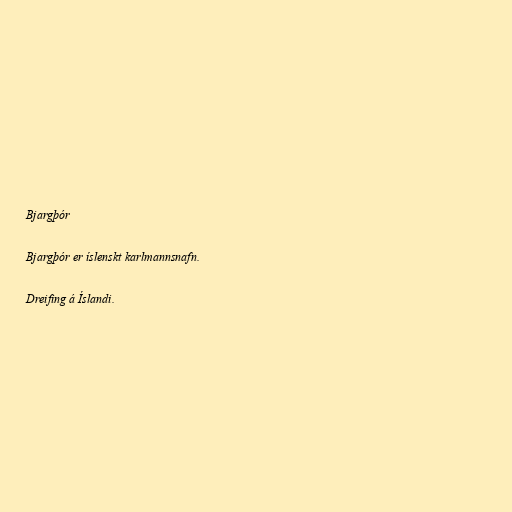
Bjargþór

Bjargþór er íslenskt karlmannsnafn.

Dreifing á Íslandi.